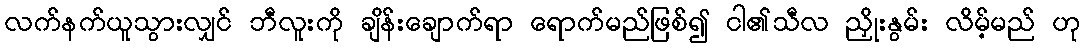
လက်နက်ယူသွားလျှင် ဘီလူးကို ချိန်းချောက်ရာ ရောက်မည်ဖြစ်၍ ငါ၏သီလ ညှိုးနွမ်း လိမ့်မည် ဟု